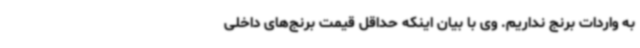
به واردات برنج نداریم. وی با بیان اینکه حداقل قیمت برنج‌های داخلی